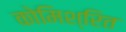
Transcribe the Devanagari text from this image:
कोमिश्रित